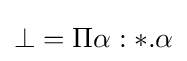
{\textstyle \bot =\Pi \alpha :*.\alpha }